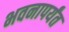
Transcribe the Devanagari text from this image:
भवनापर्यंत